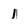
Character: 1